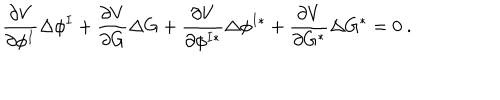
LaTeX: { \frac { \partial V } { \partial \phi ^ { I } } } \Delta \phi ^ { I } + { \frac { \partial V } { \partial G } } \Delta G + { \frac { \partial V } { \partial \phi ^ { I * } } } \Delta \phi ^ { I * } + { \frac { \partial V } { \partial G ^ { * } } } \Delta G ^ { * } = 0 \ .